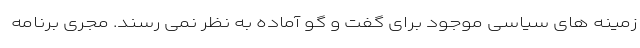
زمینه های سیاسی موجود برای گفت و گو آماده به نظر نمی رسند. مجری برنامه